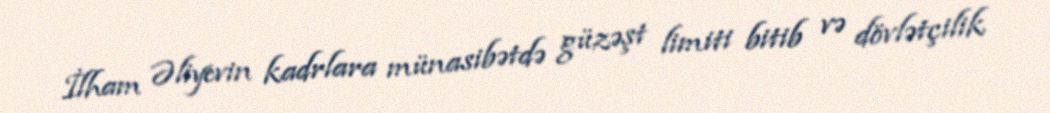
İlham Əliyevin kadrlara münasibətdə güzəşt limiti bitib və dövlətçilik